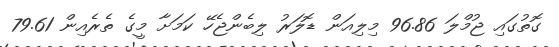
ގޮތުގައި ޖުމްލަ 96.86 މިލިއަން ޑޮލަރު ލިބެންޖެހޭ ކަމަށާ މީގެ ތެރެއިން 79.61